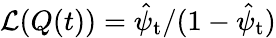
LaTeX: {\cal L}(Q(t))=\hat{\psi}_{\mathrm{t}}/(1-\hat{\psi}_{\mathrm{t}})